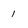
Character: 1